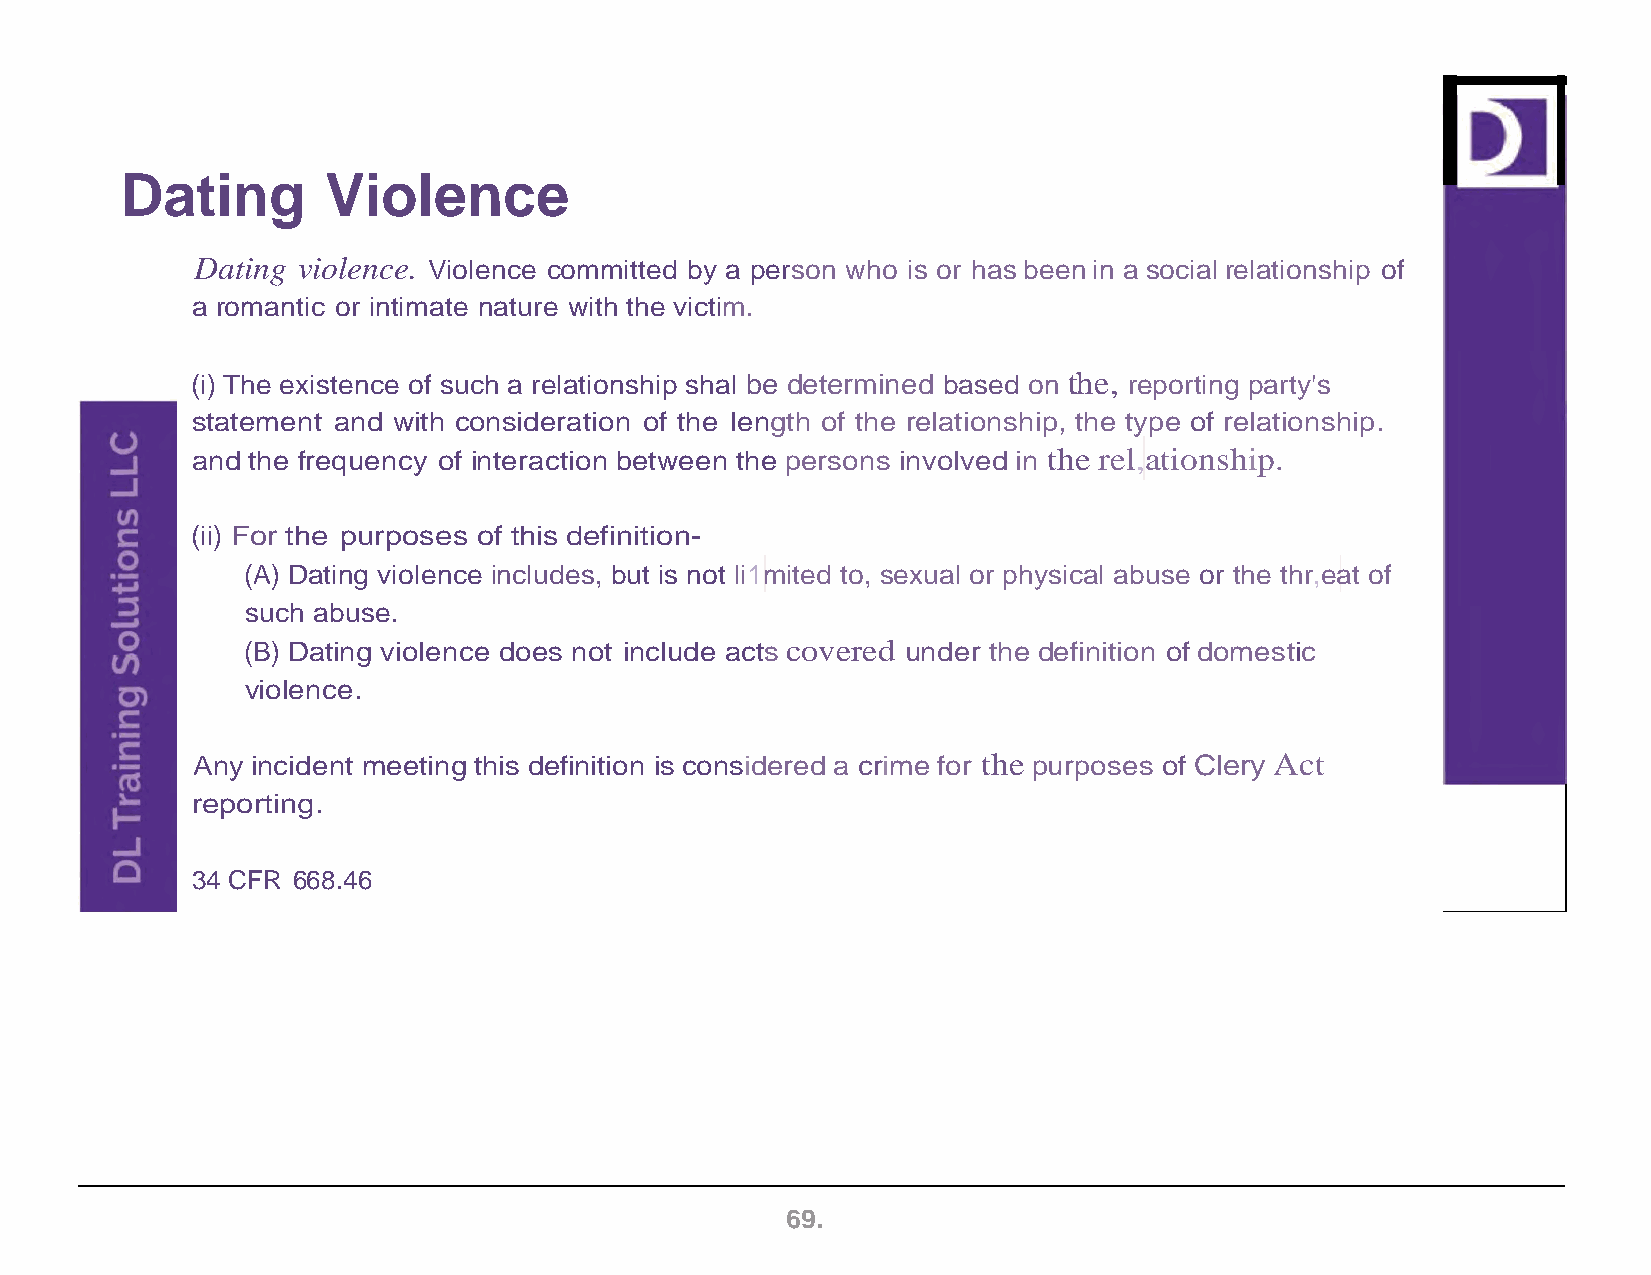
Dating        Violence
 Dating violence. Violence committed by a person who is or has been in a social relationship of
 a romantic or intimate nature with the victim.
 (i) The existence of such a relationship shal be determined based on the, reporting party's
 statement and with consideration of the length of the relationship, the type of relationship.
 and the frequency of interaction between the persons involved in the rel,ationship.
 (ii) For the purposes of this definition-
 (A) Dating violence includes, but is not li1mited to, sexual or physical abuse or the thr,eat of
 such abuse.
 (B) Dating violence does not include acts covered under the definition of domestic
 violence.
 Any incident meeting this definition is considered a crime for the purposes of Clery Act
 reporting.
 34 CFR 668.46
 69.